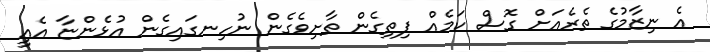
އެ ނިޒާމުގެ ތެރެއަށް ގޮސް ކަމެއް ފިތިގެން ތާށިވެގެން ނުހިނގައިގެން އުޅެންޏާ އެއީ